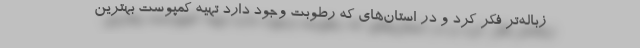
زباله‌تر فکر کرد و در استان‌های که رطوبت وجود دارد تهیه کمپوست بهترین